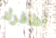
أظافرك